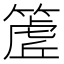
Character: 𮅽